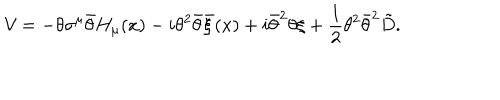
{ \cal V } = - \theta \sigma ^ { \mu } \bar { \theta } H _ { \mu } ( x ) - i \theta ^ { 2 } \bar { \theta } \bar { \xi } ( x ) + i \bar { \theta } ^ { 2 } \theta \xi + \frac { 1 } { 2 } \theta ^ { 2 } \bar { \theta } ^ { 2 } \tilde { D } .